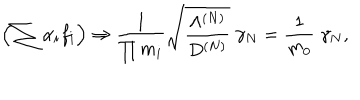
\left( \sum \alpha _ { i } f _ { i } \right) \Rightarrow \frac { 1 } { \prod m _ { i } } \sqrt { \frac { \Lambda ^ { ( N ) } } { D ^ { ( N ) } } } \; \gamma _ { N } = \frac { 1 } { m _ { 0 } } \; \gamma _ { N } ,